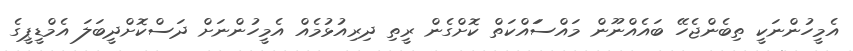
އެމީހުންނަކީ ތިބެންޖެހޭ ބައެއްނޫން މައްސަައްކަތް ކޮށްގެން ރީތި ދިރިއުޅުމެއް އެމީހުންނަށް ދަސްކޮށްދީބަލަ އެމްޑީޕީގެ